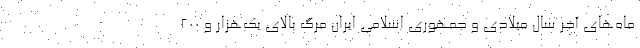
ماه‌های آخر سال میلادی و جمهوری اسلامی ایران مرگ بالای یک‌هزار و ۲۰۰